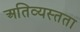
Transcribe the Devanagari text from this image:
अतिव्यस्तता